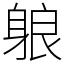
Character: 躴